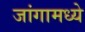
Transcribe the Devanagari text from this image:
जांगामध्ये